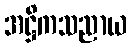
အဋ္ဌိကသညာယ